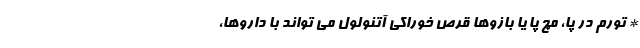
* تورم در پا، مچ پا یا بازوها قرص خوراکی آتنولول می تواند با داروها،